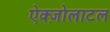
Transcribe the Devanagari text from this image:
ऐक्ज़ोलाटल